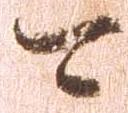
可